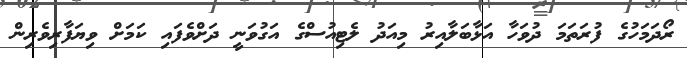
ރޯދަމަހުގެ ފުރަތަމަ ދުވަހާ އަޅާބަލާއިރު މިއަދު ލެޓިއުސްގެ އަގުވަނީ ދަށްވެފައި ކަމަށް ވިޔަފާރިވެރިން